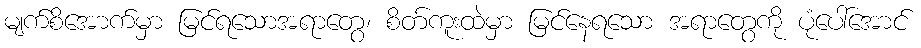
မျက်စိအောက်မှာ မြင်ရသောအရာတွေ၊ စိတ်ကူးထဲမှာ မြင်နေရသော အရာတွေကို ပုံပေါ်အောင်